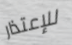
للإعتذار